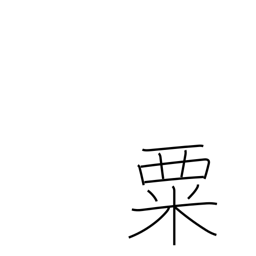
Meaning: millet